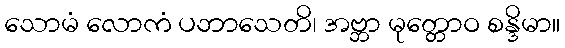
သောမံ လောကံ ပဘာသေတိ၊ အဗ္ဘာ မုတ္တောဝ စန္ဒိမာ။